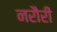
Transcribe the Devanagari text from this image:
नरौरी